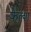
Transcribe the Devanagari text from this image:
फेल्श